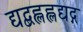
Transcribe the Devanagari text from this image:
द्यद्बह्लह्लद्यद्ग